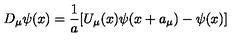
D _ { \mu } \psi ( x ) = \frac { 1 } { a } [ U _ { \mu } ( x ) \psi ( x + a _ { \mu } ) - \psi ( x ) ]